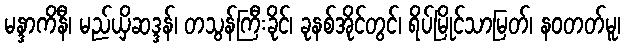
မန္ဒာကိနီ၊ မည်ယှိဆဒ္ဒန်၊ တသွန်ကြီးခိုင်၊ ခုနစ်အိုင်တွင်၊ ရိပ်မြိုင်သာမြတ်၊ နဝတတ်မူ၊